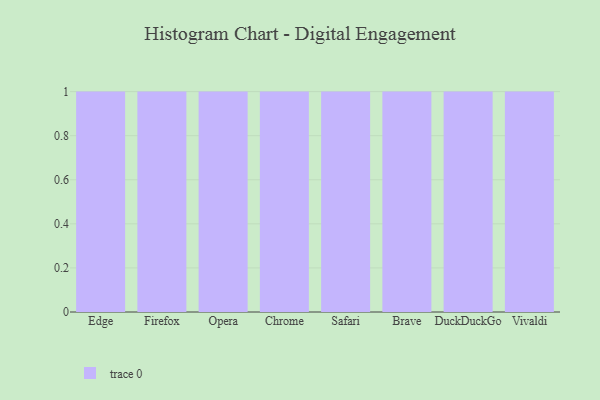
{"axis": {"x": "Browser", "y": "Shipments"}, "legend": [""], "data": [{"x": "Edge", "y": 94, "type": ""}, {"x": "Firefox", "y": 73, "type": ""}, {"x": "Opera", "y": 3, "type": ""}, {"x": "Chrome", "y": 17, "type": ""}, {"x": "Safari", "y": 84, "type": ""}, {"x": "Brave", "y": 26, "type": ""}, {"x": "DuckDuckGo", "y": 87, "type": ""}, {"x": "Vivaldi", "y": 32, "type": ""}]}